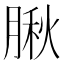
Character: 䐐